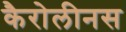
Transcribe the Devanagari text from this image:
कैरोलीनस